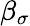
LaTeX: \beta_{\sigma}